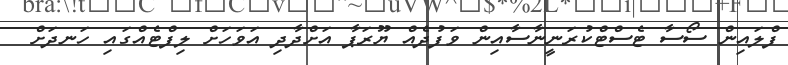
ފްލައިން ސޯސާ ޓެސްޓްކުރަނީނާސާއިން ވަފުދެއް ޔޫރަޕާ އަށްދާދި އަވަހަށް ލިފްޓެއްގައި ހަނދަށް